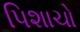
પિશાચો